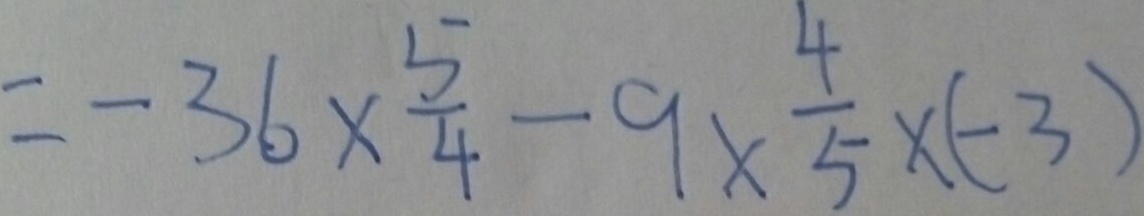
= - 3 6 \times \frac { 5 } { 4 } - 9 \times \frac { 4 } { 5 } \times ( - 3 )